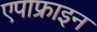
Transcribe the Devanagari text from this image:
एपाफ्राइन